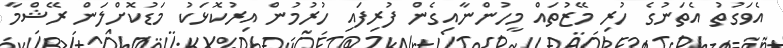
އެވަގުތު އެތަނުގެ ހުރި މޭޒުތައް މީހުންނާއިގެން ފުރިފައި ހުރުމުން އިރުކޮޅަކު މަޑުކޮށްލަން ރޭޝްމާ